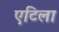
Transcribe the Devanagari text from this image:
एटिला